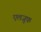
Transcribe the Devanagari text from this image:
एलजूफ